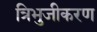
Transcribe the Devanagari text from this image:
त्रिभुजीकरण